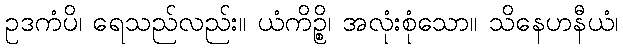
ဥဒကံပိ၊ ရေသည်လည်း။ ယံကိဉ္စိ၊ အလုံးစုံသော။ သိနေဟနီယံ၊